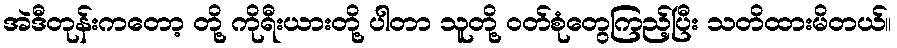
အဲဒီတုန်းကတော့ တို့ ကိုရီးယားတို့ ပါတာ သူတို့ ဝတ်စုံတွေကြည့်ပြီး သတိထားမိတယ်။